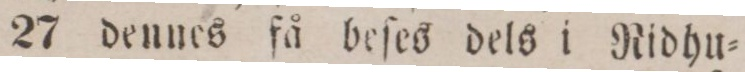
27 dennes fåbeſes dels i Ridhu=